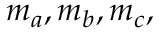
m _ { a } , m _ { b } , m _ { c } ,